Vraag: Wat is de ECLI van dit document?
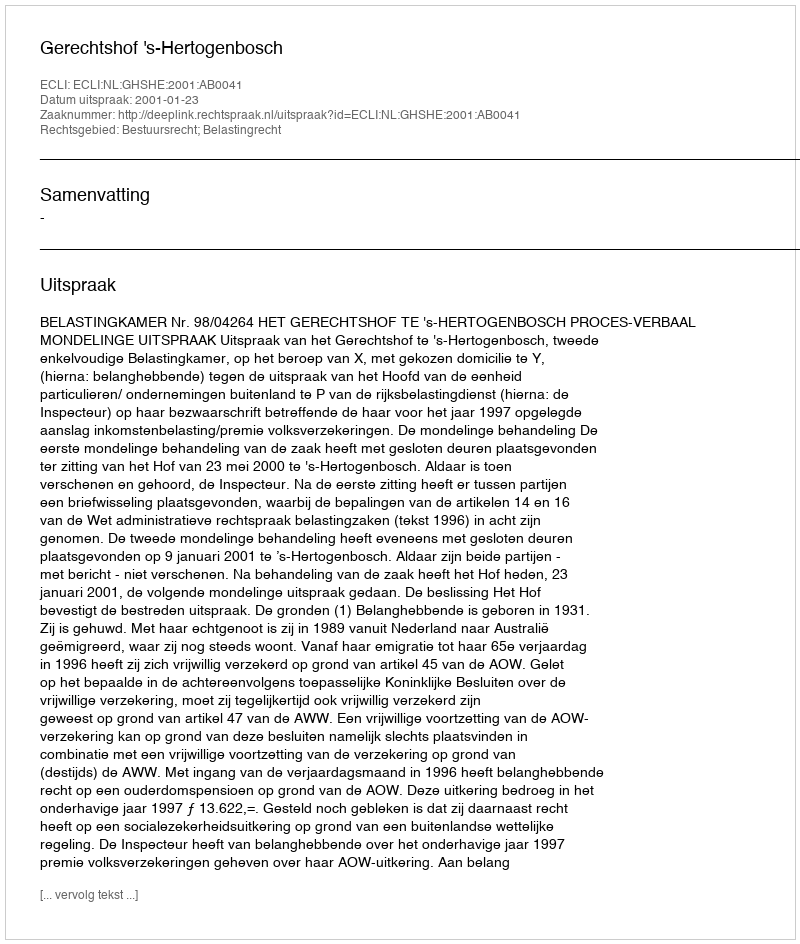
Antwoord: ECLI:NL:GHSHE:2001:AB0041